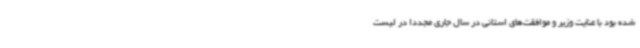
شده بود با عنایت وزیر و موافقت‌های استانی در سال جاری مجدداً در لیست